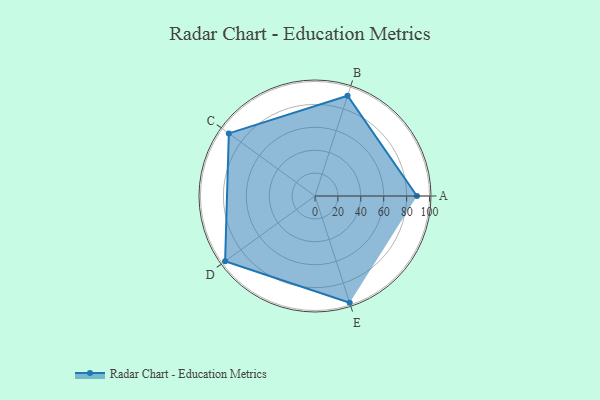
{"axis": {"x": "Skill", "y": "Score"}, "legend": ["Profile"], "data": [{"x": "A", "y": 89.0, "type": "Profile"}, {"x": "B", "y": 92.0, "type": "Profile"}, {"x": "C", "y": 93.0, "type": "Profile"}, {"x": "D", "y": 97.0, "type": "Profile"}, {"x": "E", "y": 98.0, "type": "Profile"}]}